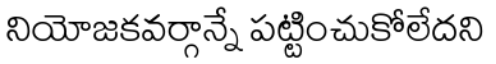
నియోజకవర్గాన్నే పట్టించుకోలేదని